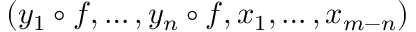
( y _ { 1 } \circ f , \dotsc , y _ { n } \circ f , x _ { 1 } , \dotsc , x _ { m - n } )